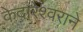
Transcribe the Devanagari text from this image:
केदारेश्वराने